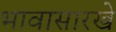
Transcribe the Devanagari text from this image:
भावासारखे